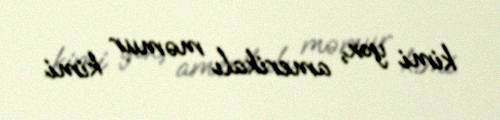
kimi yox, amerikalı məmur kimi.